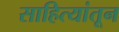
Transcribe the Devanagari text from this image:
साहित्यांतून